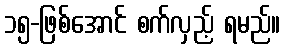
၁၅-ဖြစ်အောင် စက်လှည့် ရမည်။